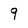
Character: 9